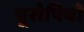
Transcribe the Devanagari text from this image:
यूरोपियो